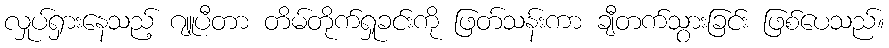
လှုပ်ရှားနေသည့် ဂျူပီတာ တိမ်တိုက်ရှုခင်းကို ဖြတ်သန်းကာ ချီတက်သွားခြင်း ဖြစ်ပေသည်။